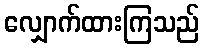
လျှောက်ထားကြသည်